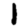
Digit: 1